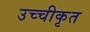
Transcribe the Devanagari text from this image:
उच्‍चीकृत